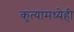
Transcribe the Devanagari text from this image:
कृत्यांमध्येही